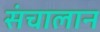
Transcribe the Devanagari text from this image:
संचालान